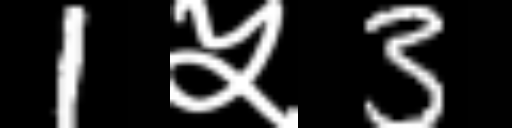
Text: 1५3